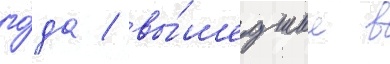
го́да / вы́шедшие в